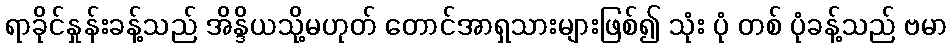
ရာခိုင်နှုန်းခန့်သည် အိန္ဒိယသို့မဟုတ် တောင်အာရှသားများဖြစ်၍ သုံး ပုံ တစ် ပုံခန့်သည် ဗမာ